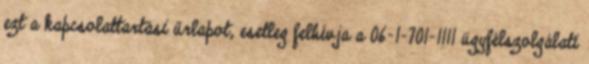
ezt a kapcsolattartási űrlapot, esetleg felhívja a 06-1-701-1111 ügyfélszolgálati